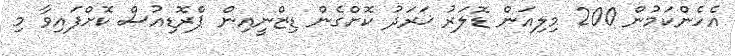
އެހެންކަމުން 200 މިލިއަން ޑޮލަރު ޚަރަދު ކޮށްގެން ޑިޒްނީއިން ޕްރޮޑިއުސް ކޮށްފައިވާ މި